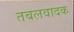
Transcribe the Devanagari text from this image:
तबलवादक